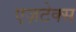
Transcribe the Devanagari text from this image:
एज़टेक्स